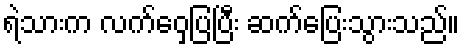
ရဲသားက လက်ဝှေ့ပြပြီး ဆက်ပြေးသွားသည်။